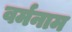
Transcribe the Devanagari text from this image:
वर्मनाम